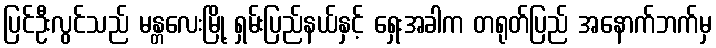
ပြင်ဦးလွင်သည် မန္တလေးမြို့ ရှမ်းပြည်နယ်နှင့် ရှေးအခါက တရုတ်ပြည် အနောက်ဘက်မှ